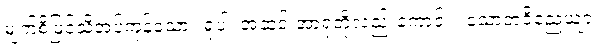
မျက်စိဖြင့်သိအပ်ကုန်သော။ ရူပါ၊ အဆင်းအာရုံတို့လည်းကောင်း။ သောတဝိညေယျာ၊